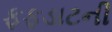
ફફડાટની